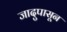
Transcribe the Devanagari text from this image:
जादुपासून